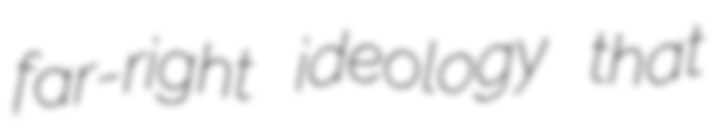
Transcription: far-right ideology that